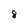
Character: 8